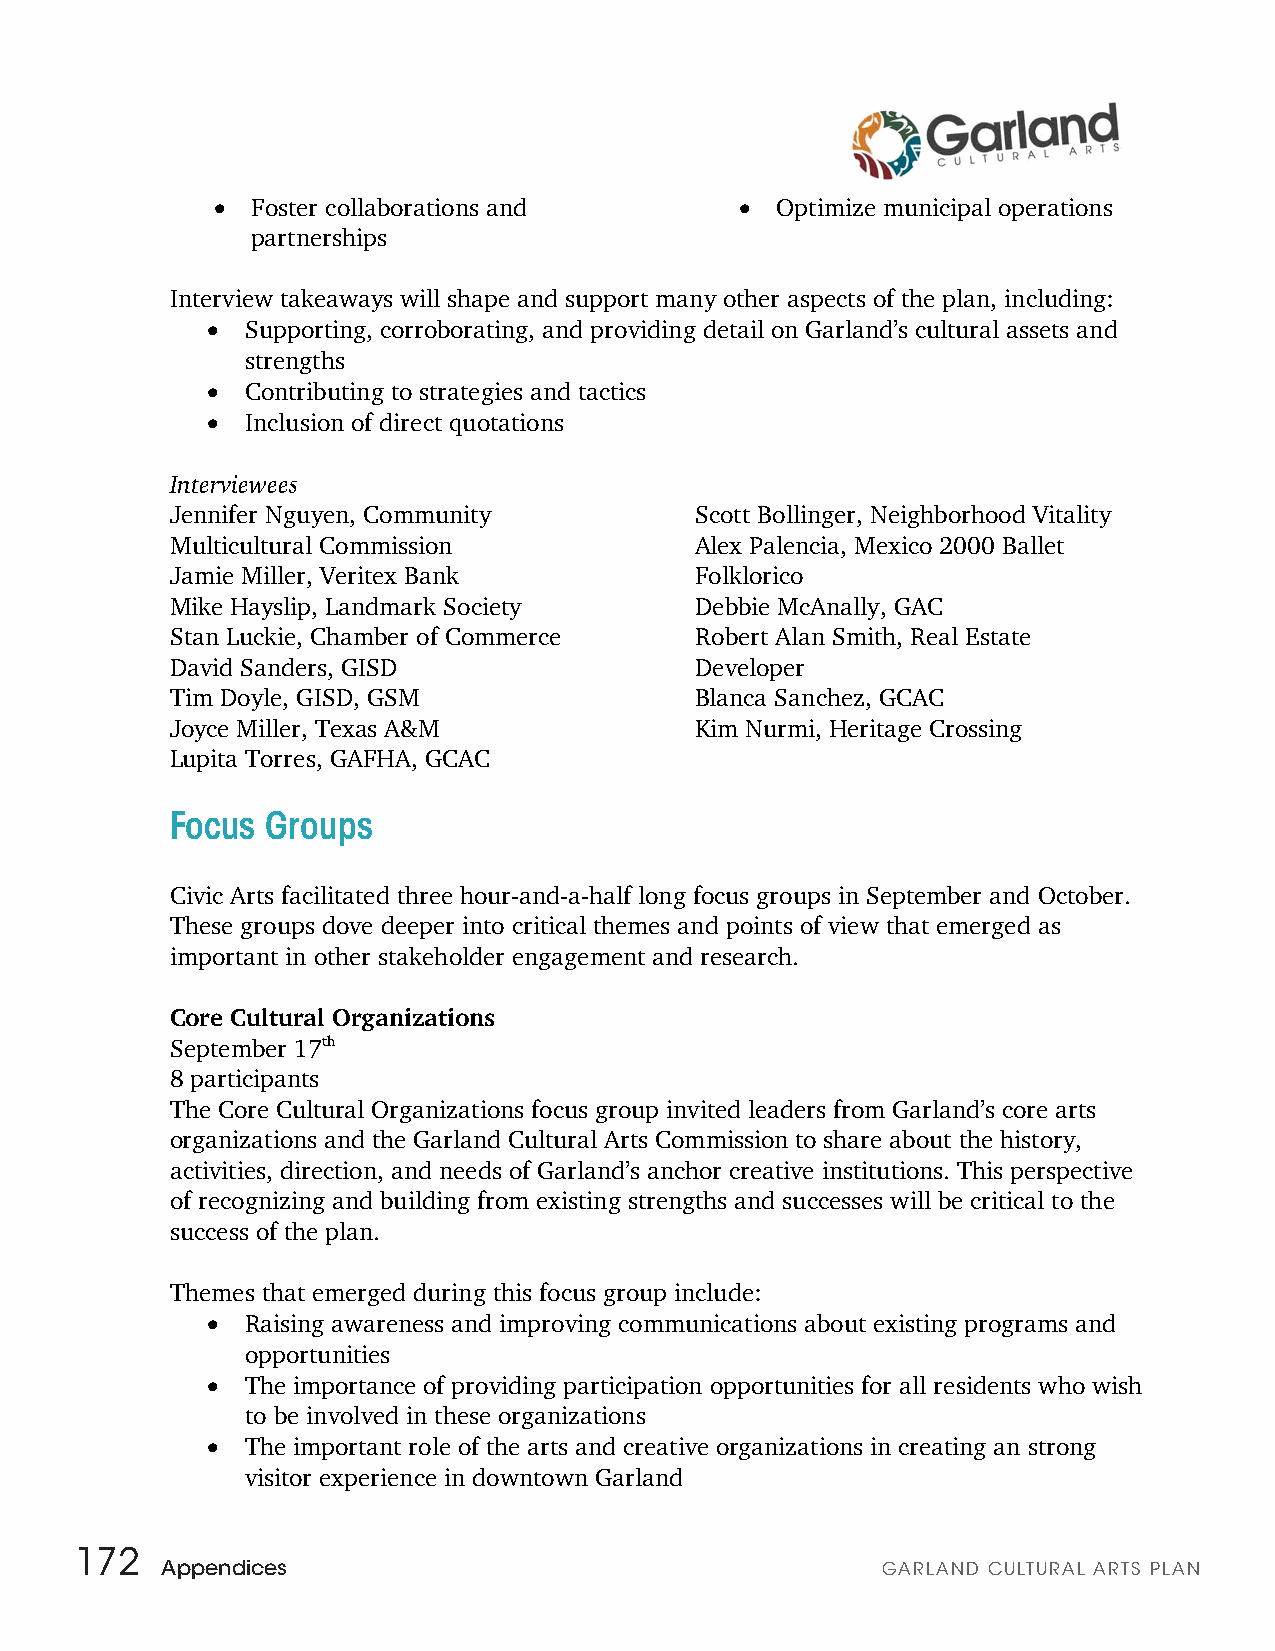
•
 Foster collaborations and
 •
 Optimize municipal operations
 partnerships
 Interview takeaways will shape and support many other aspects of the plan, including:
 •
 Supporting, corroborating, and providing detail on Garland’s cultural assets and
 strengths
 •
 Contributing to strategies and tactics
 •
 Inclusion of direct quotations
 Interviewees
 Jennifer Nguyen, Community         Scott Bollinger, Neighborhood Vitality
 Multicultural Commission           Alex Palencia, Mexico 2000 Ballet
 Jamie Miller, Veritex Bank         Folklorico
 Mike Hayslip, Landmark Society     Debbie McAnally, GAC
 Stan Luckie, Chamber of Commerce   Robert Alan Smith, Real Estate
 David Sanders, GISD                Developer
 Tim Doyle, GISD, GSM               Blanca Sanchez, GCAC
 Joyce Miller, Texas A&M            Kim Nurmi, Heritage Crossing
 Lupita Torres, GAFHA, GCAC
 Focus  Groups
 Civic Arts facilitated three hour-and-a-half long focus groups in September and October.
 These groups dove deeper into critical themes and points of view that emerged as
 important in other stakeholder engagement and research.
 Core Cultural Organizations
 September 17th
 8 participants
 The Core Cultural Organizations focus group invited leaders from Garland’s core arts
 organizations and the Garland Cultural Arts Commission to share about the history,
 activities, direction, and needs of Garland’s anchor creative institutions. This perspective
 of recognizing and building from existing strengths and successes will be critical to the
 success of the plan.
 Themes that emerged during this focus group include:
 •
 Raising awareness and improving communications about existing programs and
 opportunities
 •
 The importance of providing participation opportunities for all residents who wish
 to be involved in these organizations
 •
 The important role of the arts and creative organizations in creating an strong
 visitor experience in downtown Garland
 172
 Appendices                                     GARLAND CULTURAL ARTS PLAN